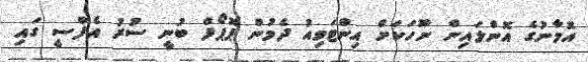
އޮމާނުގެ އޮންލައިން ނޫހަކަށް އިންޓަވިއު ދެމުން ޕޮޕޯފް ބުނީ ސުރު އެފްސީ ގައި